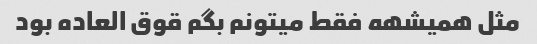
مثل همیشهه فقط میتونم بگم قوق العاده بود